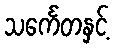
သင်္ကေတနှင့်